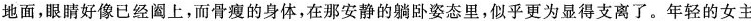
地面，眼睛好像已经固上，面骨瘦的身体，在那安静的躺卧姿态里，似乎更为显得支离了。年轻的女主